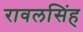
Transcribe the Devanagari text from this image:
रावलसिंह